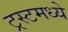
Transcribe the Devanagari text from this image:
ट्रस्टमध्ये